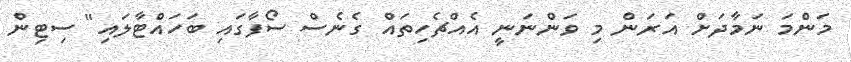
މަންމަ ނަމާދަށް އަރަން މި ވަންނަނީ އެއްޗެހިތައް ގެނެސް ސޯފާގައި ބަހައްޓާލައި" ސިޓިން